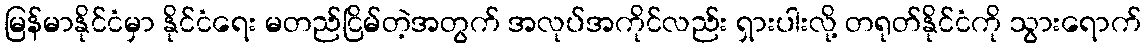
မြန်မာနိုင်ငံမှာ နိုင်ငံရေး မတည်ငြိမ်တဲ့အတွက် အလုပ်အကိုင်လည်း ရှားပါးလို့ တရုတ်နိုင်ငံကို သွားရောက်